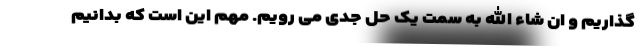
گذاریم و ان شاء الله به سمت یک حل جدی می رویم. مهم این است که بدانیم